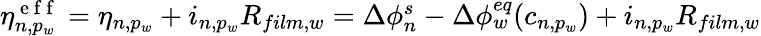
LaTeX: \begin{array}{r}{\eta_{n,p_{w}}^{\mathrm{~e~f~f~}}=\eta_{n,p_{w}}+i_{n,p_{w}}R_{film,w}=\Delta\phi_{n}^{s}-\Delta\phi_{w}^{eq}(c_{n,p_{w}})+i_{n,p_{w}}R_{film,w}}\end{array}